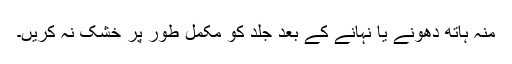
منہ ہاتھ دھونے یا نہانے کے بعد جِلد کو مکمل طور پر خشک نہ کریں۔